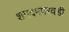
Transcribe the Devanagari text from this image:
शमदमपरवडी